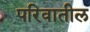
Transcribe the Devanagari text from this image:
परिवातील